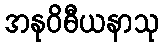
အနုဝိဓီယနာသု